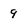
Character: 9